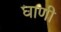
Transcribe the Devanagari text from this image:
घाणी